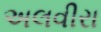
અલવીરા